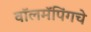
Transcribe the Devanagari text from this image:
वॉलमॅपिंगचे